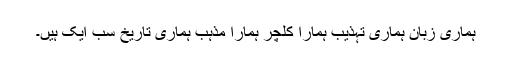
ہماری زبان ہماری تہذیب ہمارا کلچر ہمارا مذہب ہماری تاریخ سب ایک ہیں۔